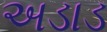
અડાડ